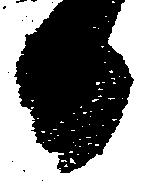
日